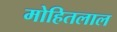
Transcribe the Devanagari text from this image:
मोहितलाल